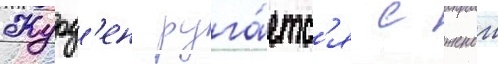
Журд'ен руга́етс'я с женои